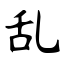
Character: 乱